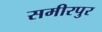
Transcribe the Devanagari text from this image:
समीरपुर